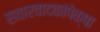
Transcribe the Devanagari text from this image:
सतारवादकांपेक्षा